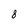
Character: 8